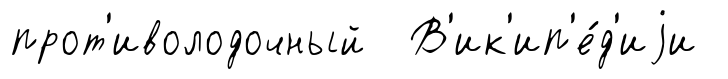
прот'иволодочный В'ик'ип'е́д'иjи